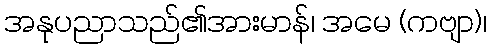
အနုပညာသည်၏အားမာန်၊ အမေ (ကဗျာ)၊